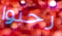
رحبوا